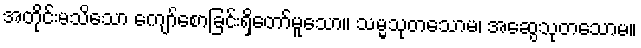
အတိုင်းမသိသော ကျော်စောခြင်းရှိတော်မူသော။ သမ္မသုတသောမ၊ အဆွေသုတသောမ။